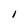
Character: l